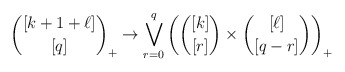
\begin{align*}{[k+1+\ell]\choose [q]}_+ \to \bigvee\limits_{r=0}^q \left({[k]\choose[r]}\times{[\ell]\choose[q-r]}\right)_+\end{align*}